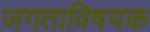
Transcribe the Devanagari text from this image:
जगताविषयक